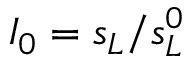
I _ { 0 } = s _ { L } / s _ { L } ^ { 0 }